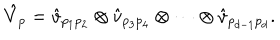
LaTeX: \hat { V } _ { p } = \hat { v } _ { p _ { 1 } p _ { 2 } } \otimes \hat { v } _ { p _ { 3 } p _ { 4 } } \otimes \cdots \otimes \hat { v } _ { p _ { d - 1 } p _ { d } } .